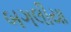
બગલીયા